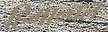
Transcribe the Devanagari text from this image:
हिमान्चल